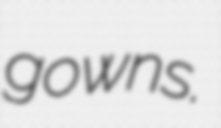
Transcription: gowns.